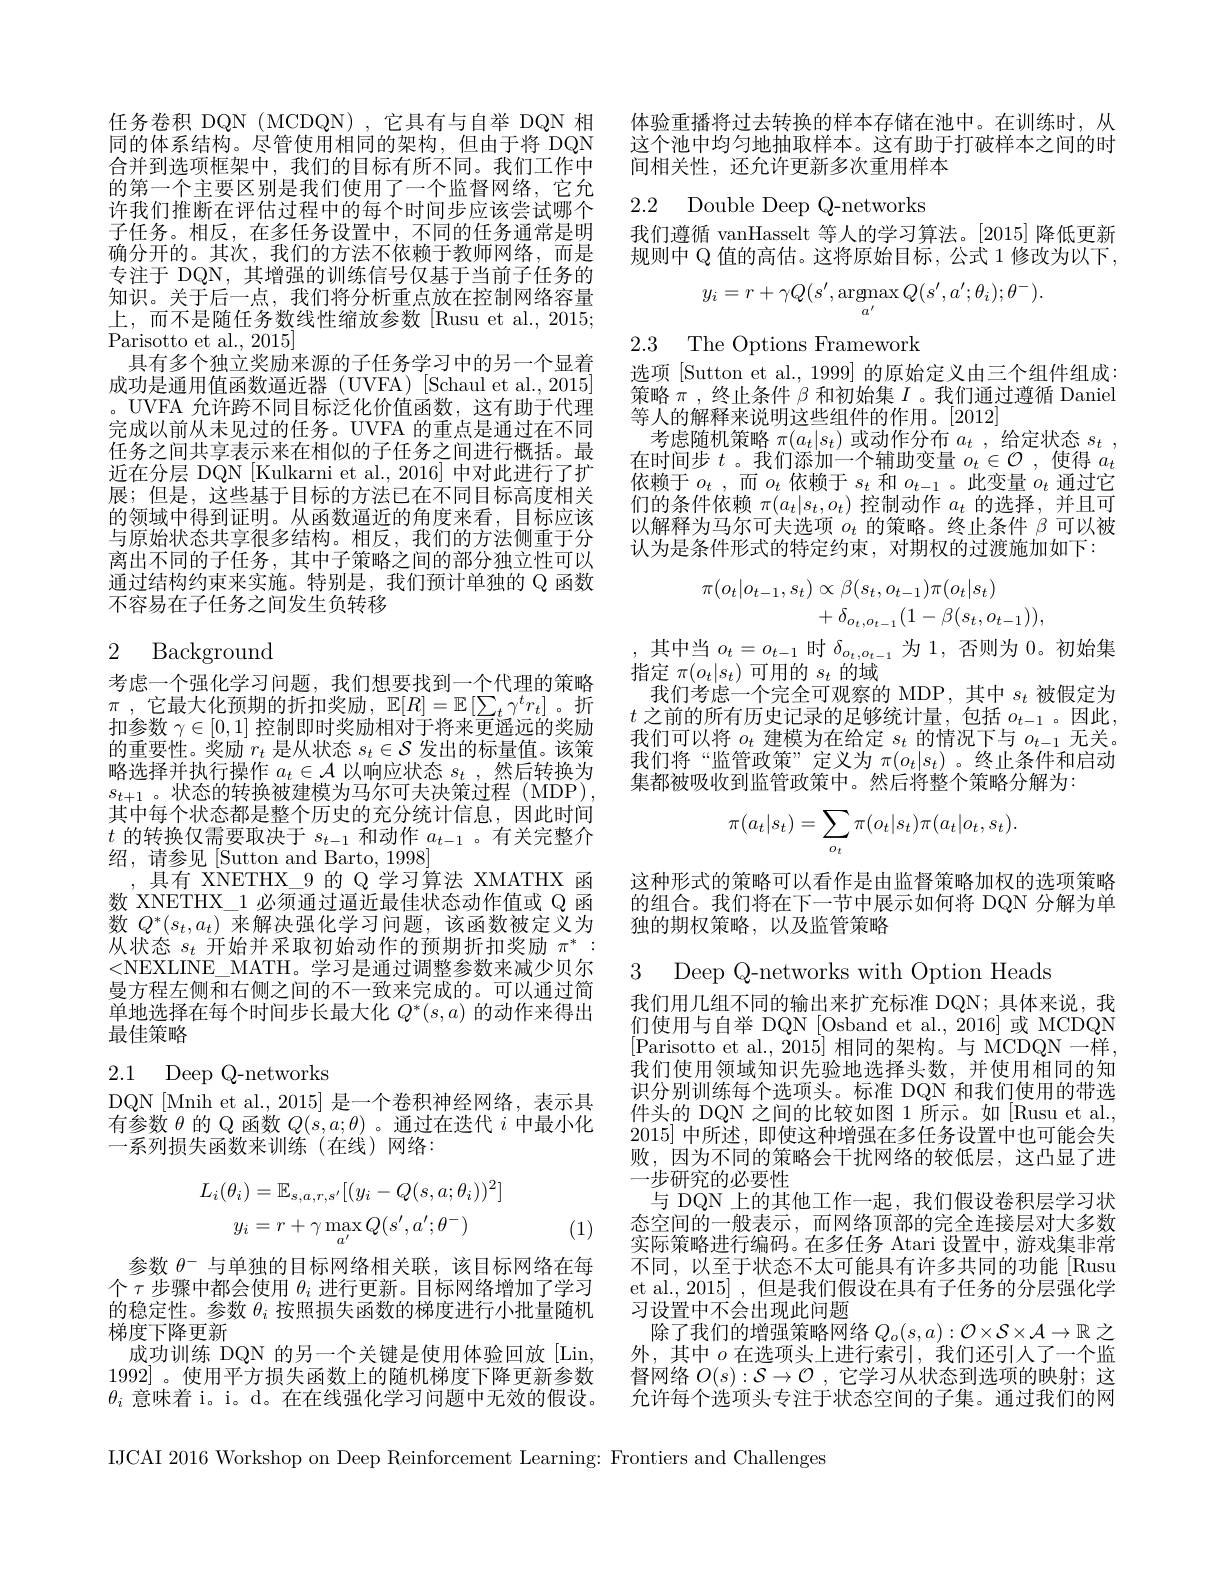
体验重播将过去转换的样本存储在池中。在训练时，从这个池中均匀地抽取样本。这有助于打破样本之间的时间相关性，还允许更新多次重用样本

2.2 Double Deep Q-networks

我们遵循 vanHasselt 等人的学习算法。[2015]降低更新规则中 Q 值的高估。这将原始目标，公式 1 修改为以下，
$$y_i=r+\gamma Q(s',\mathop{\mathrm{argmax}}_{a'}Q(s',a';\theta_i);\theta^-).$$
2.3 The Options Framework

任务卷积 DQN (MCDQN),它具有与自举 DQN 相同的体系结构。尽管使用相同的架构，但由于将 DQN 合并到选项框架中，我们的目标有所不同。我们工作中的第一个主要区别是我们使用了一个监督网络，它允许我们推断在评估过程中的每个时间步应该尝试哪个子任务。相反，在多任务设置中，不同的任务通常是明确分开的。其次，我们的方法不依赖于教师网络，而是专注于 DQN,其增强的训练信号仅基于当前子任务的知识。关于后一点，我们将分析重点放在控制网络容量上，而不是随任务数线性缩放参数[Rusu et al.,2015; Parisotto et al., 2015]
具有多个独立奖励来源的子任务学习中的另一个显着成功是通用值函数逼近器 (UVFA)[Schaul et al.,2015] 。UVFA 允许跨不同目标泛化价值函数，这有助于代理完成以前从未见过的任务。UVFA 的重点是通过在不同任务之间共享表示来在相似的子任务之间进行概括。最近在分层 DQN [Kulkarni et al., 2016] 中对此进行了扩展；但是，这些基于目标的方法已在不同目标高度相关的领域中得到证明。从函数逼近的角度来看，目标应该与原始状态共享很多结构。相反，我们的方法侧重于分离出不同的子任务，其中子策略之间的部分独立性可以通过结构约束来实施。特别是，我们预计单独的 Q 函数不容易在子任务之间发生负转移

选项 [Sutton et al., 1999] 的原始定义由三个组件组成： 策略$\pi$ , 终止条件$\beta$和初始集$I$ 。我们通过遵循 Daniel 等人的解释来说明这些组件的作用。[2012]
考虑随机策略$\pi(a_t|s_t)$或动作分布$a_t$,给定状态$s_t$, 在时间步$t$ 。我们添加一个辅助变量$o_t\in\mathcal{O}$,使得$a_t$ 依赖于$o_t$ ,而$o_t$依赖于$s_t$ 和$o_t-1$。此变量$o_t$通过它们的条件依赖$\pi(a_t|s_t,o_t)$控制动作$a_t$的选择，并且可以解释为马尔可夫选项$o_t$的策略。终止条件$\beta$可以被认为是条件形式的特定约束，对期权的过渡施加如下：
$$\begin{aligned}\pi(o_{t}|o_{t-1},s_{t})&\propto\beta(s_{t},o_{t-1})\pi(o_{t}|s_{t})\\&+\:\delta_{o_{t},o_{t-1}}(1-\beta(s_{t},o_{t-1})),\\\end{aligned}$$
# 2 Background

,其中当$o_t=o_{t-1}$时$\delta_o_t,o_{t-1}$为1，否则为0。初始集
指定$\pi(o_t|s_t)$可用的$s_t$的域
我们考虑一个完全可观察的 MDP,其中$s_t$被假定为$t$ 之前的所有历史记录的足够统计量，包括 $o_t-1$ 。因此， 我们可以将$o_t$建模为在给定$s_t$的情况下与$o_t-1$无关。我们将“监管政策”定义为$\pi(o_t|s_t)$。终止条件和启动集都被吸收到监管政策中。然后将整个策略分解为：
$$\pi(a_t|s_t)=\sum_{o_t}\pi(o_t|s_t)\pi(a_t|o_t,s_t).$$
考虑一个强化学习问题，我们想要找到一个代理的策略$\pi$ , 它 最 大 化 预 期 的 折 扣 奖 励 , $\mathbb{E} [ R] = \mathbb{E} \left [ \sum _t\gamma ^tr_t\right ]$。折扣参数$\gamma\in[0,1]$控制即时奖励相对于将来更遥远的奖励的重要性。奖励$r_t$是从状态$s_t\in\mathcal{S}$发出的标量值。该策略选择并执行操作$a_t\in\mathcal{A}$以响应状态$s_t$ ,然后转换为$s_{t+1}$。状态的转换被建模为马尔可夫决策过程(MDP) 其中每个状态都是整个历史的充分统计信息，因此时间$t$的转换仅需要取决于$s_t-1$和动作$a_{t-1}$ 。有关完整介绍，请参见[Sutton and Barto, 1998]
,具有 XNETHX\_9 的 Q 学习算法 XMATHX 函数 XNETHX\_1 必须通过逼近最佳状态动作值或 Q 函数$Q^*(s_t,a_t)$来解决强化学习问题，该函数被定义为从状态$s_t$开始并采取初始动作的预期折扣奖励$\pi^*:$ <NEXLINE\_ MATH。学习是通过调整参数来减少贝尔曼方程左侧和右侧之间的不一致来完成的。可以通过简单地选择在每个时间步长最大化$Q^*(s,a)$的动作来得出最佳策略

这种形式的策略可以看作是由监督策略加权的选项策略的组合。我们将在下一节中展示如何将 DQN 分解为单独的期权策略，以及监管策略

3 Deep Q-networks with Option Heads

## 2.1 Deep Q-networks

DQN [Mnih et al., 2015] 是一个卷积神经网络，表示具有参数$\theta$的 Q 函数$Q(s,a;\theta)$ 。通过在迭代$i$中最小化一系列损失函数来训练(在线)网络：

我们用几组不同的输出来扩充标准 DQN;具体来说，我们使用与自举 DQN [Osband et al., 2016] 或 MCDQN [Parisotto et al., 2015] 相同的架构。与 MCDQN 一样， 我们使用领域知识先验地选择头数，并使用相同的知识分别训练每个选项头。标准 DQN 和我们使用的带选件头的 DQN 之间的比较如图 1 所示。如[Rusu et al., 2015]中所述，即使这种增强在多任务设置中也可能会失败，因为不同的策略会干扰网络的较低层，这凸显了进一步研究的必要性
与 DQN 上的其他工作一起，我们假设卷积层学习状态空间的一般表示，而网络顶部的完全连接层对大多数实际策略进行编码。在多任务 Atari 设置中，游戏集非常不同，以至于状态不太可能具有许多共同的功能[Rusu] et al., 2015] , 但是我们假设在具有子任务的分层强化学习设置中不会出现此问题
除了我们的增强策略网络$Q_o(s,a):\mathcal{O}\times\mathcal{S}\times\mathcal{A}\to\mathbb{R}$之外，其中$o$在选项头上进行索引，我们还引人了一个监督网络$O(s):\mathcal{S}\to\mathcal{O}$ ,它学习从状态到选项的映射；这允许每个选项头专注于状态空间的子集。通过我们的网
$$L_{i}(\theta_{i})=\mathbb{E}_{s,a,r,s^{\prime}}[(y_{i}-Q(s,a;\theta_{i}))^{2}]\\y_{i}=r+\gamma\max_{a^{\prime}}Q(s^{\prime},a^{\prime};\theta^{-})$$
(1)

参数$\theta^{-}$与单独的目标网络相关联，该目标网络在每个$\tau$步骤中都会使用 $\theta_i$ 进行更新。目标网络增加了学习的稳定性。参数$\theta_i$按照损失函数的梯度进行小批量随机梯度下降更新
成功训练 DQN 的另一个关键是使用体验回放[Lin, 1992]。使用平方损失函数上的随机梯度下降更新参数$\theta_i$意味着 i。i。d。在在线强化学习问题中无效的假设。

IJCAI 2016 Workshop on Deep Reinforcement Learning: Frontiers and Challenges